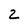
Character: 2